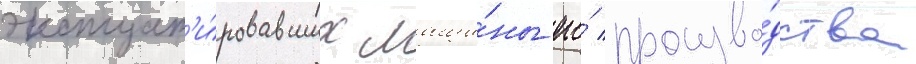
эксплуат'и́ровавших маши́ны его́ произво́дства